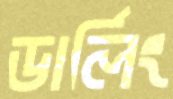
ডার্লিং